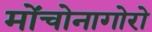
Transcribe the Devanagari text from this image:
मोंचोनागोरो